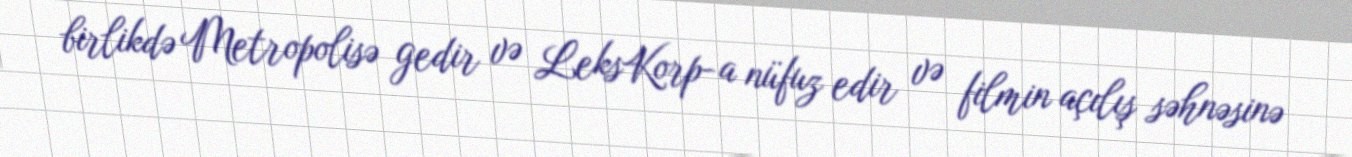
birlikdə Metropolisə gedir və LeksKorp-a nüfuz edir və filmin açılış səhnəsinə